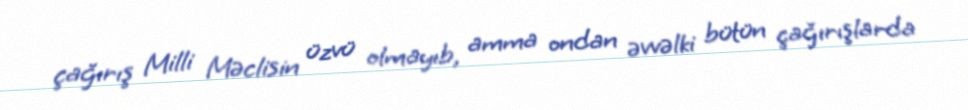
çağırış Milli Məclisin üzvü olmayıb, amma ondan əvvəlki bütün çağırışlarda